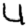
Digit: 4